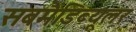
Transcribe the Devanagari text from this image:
सबमैंडिब्यूलर